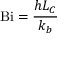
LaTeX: \mathrm { B i } = { \frac { h L _ { C } } { k _ { b } } }